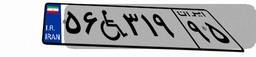
۵۶W۳۱۹۹۵